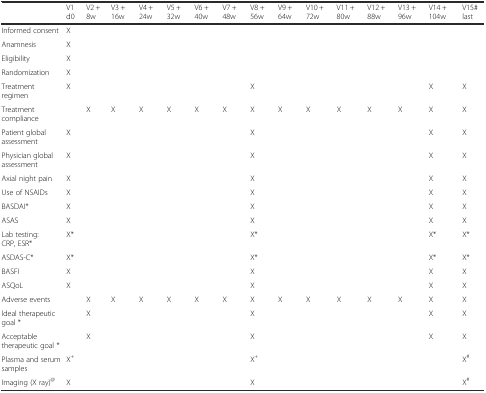
|  | V1 d0 | V2 + 8w | V3 + 16w | V4 + 24w | V5 + 32w | V6 + 40w | V7 + 48w | V8 + 56w | V9 + 64w | V10 + 72w | V11 + 80w | V12 + 88w | V13 + 96w | V14 + 104w | V15# last |
 | --- | --- | --- | --- | --- | --- | --- | --- | --- | --- | --- | --- | --- | --- | --- | --- |
 | Informed consent | X |  |  |  |  |  |  |  |  |  |  |  |  |  |  |
 | Anamnesis | X |  |  |  |  |  |  |  |  |  |  |  |  |  |  |
 | Eligibility | X |  |  |  |  |  |  |  |  |  |  |  |  |  |  |
 | Randomization | X |  |  |  |  |  |  |  |  |  |  |  |  |  |  |
 | Treatment regimen | X |  |  |  |  |  |  | X |  |  |  |  |  | X | X |
 | Treatment compliance |  | X | X | X | X | X | X | X | X | X | X | X | X | X | X |
 | Patient global assessment | X |  |  |  |  |  |  | X |  |  |  |  |  | X | X |
 | Physician global assessment | X |  |  |  |  |  |  | X |  |  |  |  |  | X | X |
 | Axial night pain | X |  |  |  |  |  |  | X |  |  |  |  |  | X | X |
 | Use of NSAIDs | X |  |  |  |  |  |  | X |  |  |  |  |  | X | X |
 | BASDAI* | X |  |  |  |  |  |  | X |  |  |  |  |  | X | X |
 | ASAS | X |  |  |  |  |  |  | X |  |  |  |  |  | X | X |
 | Lab testing: CRP, ESR* | X* |  |  |  |  |  |  | X* |  |  |  |  |  | X* | X* |
 | ASDAS-C* | X* |  |  |  |  |  |  | X* |  |  |  |  |  | X* | X* |
 | BASFI | X |  |  |  |  |  |  | X |  |  |  |  |  | X | X |
 | ASQoL | X |  |  |  |  |  |  | X |  |  |  |  |  | X | X |
 | Adverse events |  | X | X | X | X | X | X | X | X | X | X | X | X | X | X |
 | Ideal therapeutic goal * |  | X |  |  |  |  |  | X |  |  |  |  |  | X | X |
 | Acceptable therapeutic goal * |  | X |  |  |  |  |  | X |  |  |  |  |  | X | X |
 | Plasma and serum samples | X+ |  |  |  |  |  |  | X+ |  |  |  |  |  |  | X# |
 | Imaging (X ray)@ | X |  |  |  |  |  |  | X |  |  |  |  |  |  | X# |